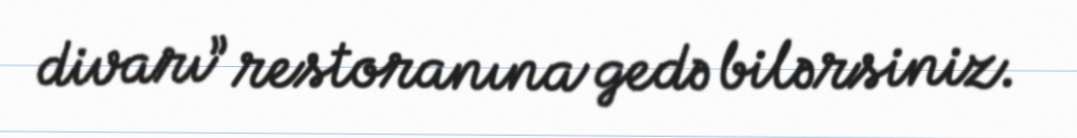
divarı” restoranına gedə bilərsiniz.